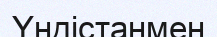
Үндістанмен